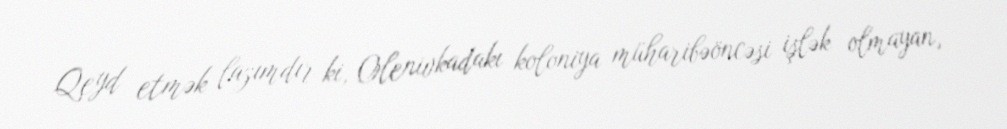
Qeyd etmək lazımdır ki, Olenivkadakı koloniya müharibəöncəsi işlək olmayan,